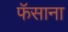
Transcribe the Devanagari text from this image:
फॅसाना